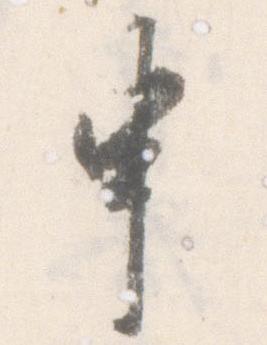
申